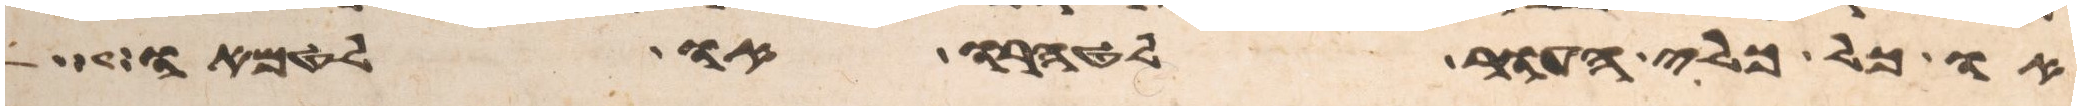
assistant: או כל כלי העור לטהרו או לטמאו